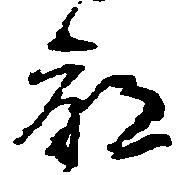
命